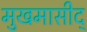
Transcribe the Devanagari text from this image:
मुखमासीद्